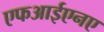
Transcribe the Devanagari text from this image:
एफआईएनए